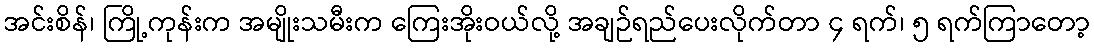
အင်းစိန်၊ ကြို့ကုန်းက အမျိုးသမီးက ကြေးအိုးဝယ်လို့ အချဉ်ရည်ပေးလိုက်တာ ၄ ရက်၊ ၅ ရက်ကြာတော့